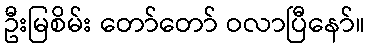
ဦးမြစိမ်း တော်တော် ဝလာပြီနော်။